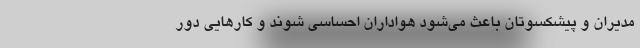
مدیران و پیشکسوتان باعث می‌شود هواداران احساسی شوند و کارهایی دور